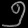
Digit: ၅